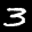
Label: 3